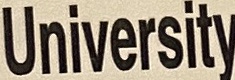
University